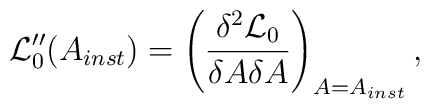
{\cal L}_0''(A_{inst}) = \left( \frac {\delta^2 {\cal L}_0}{\delta A \delta A} \right)_{A=A_{inst}},